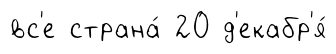
вс'е страна́ 20 д'екабр'я́